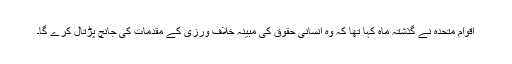
اقوام متحدہ نے گذشتہ ماہ کہا تھا کہ وہ انسانی حقوق کی مبینہ خلاف ورزی کے مقدمات کی جانچ پڑتال کرے گا۔